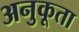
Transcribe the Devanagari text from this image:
अनुकूता